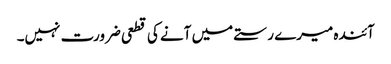
آئندہ میرے رستے میں آنے کی قطعی ضرورت نہیں۔